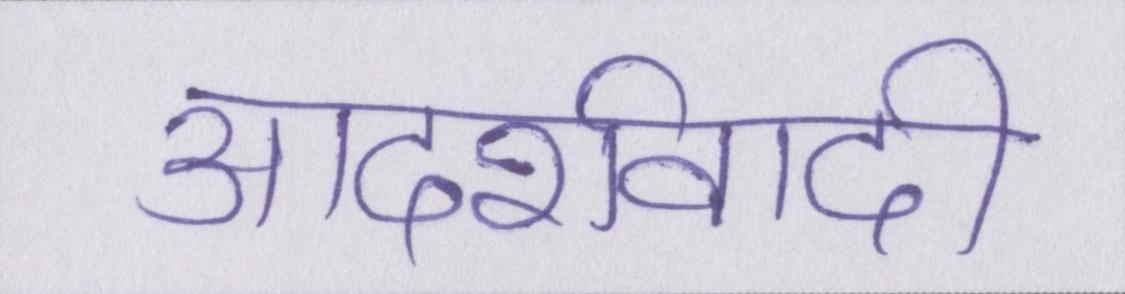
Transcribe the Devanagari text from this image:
आदर्शवादी